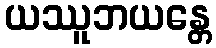
ယဿူဘယန္တေ